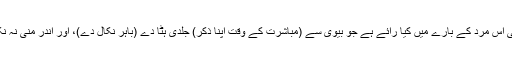
آپ کی اس مرد کے بارے میں کیا رائے ہے جو بیوی سے (مباشرت کے وقت اپنا ذکر) جلدی ہٹا دے (باہر نکال دے)، اور اندر منی نہ نکالے؟